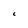
Character: C